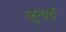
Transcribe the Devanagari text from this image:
लुनाई